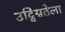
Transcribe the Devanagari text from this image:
उद्विग्नतेला